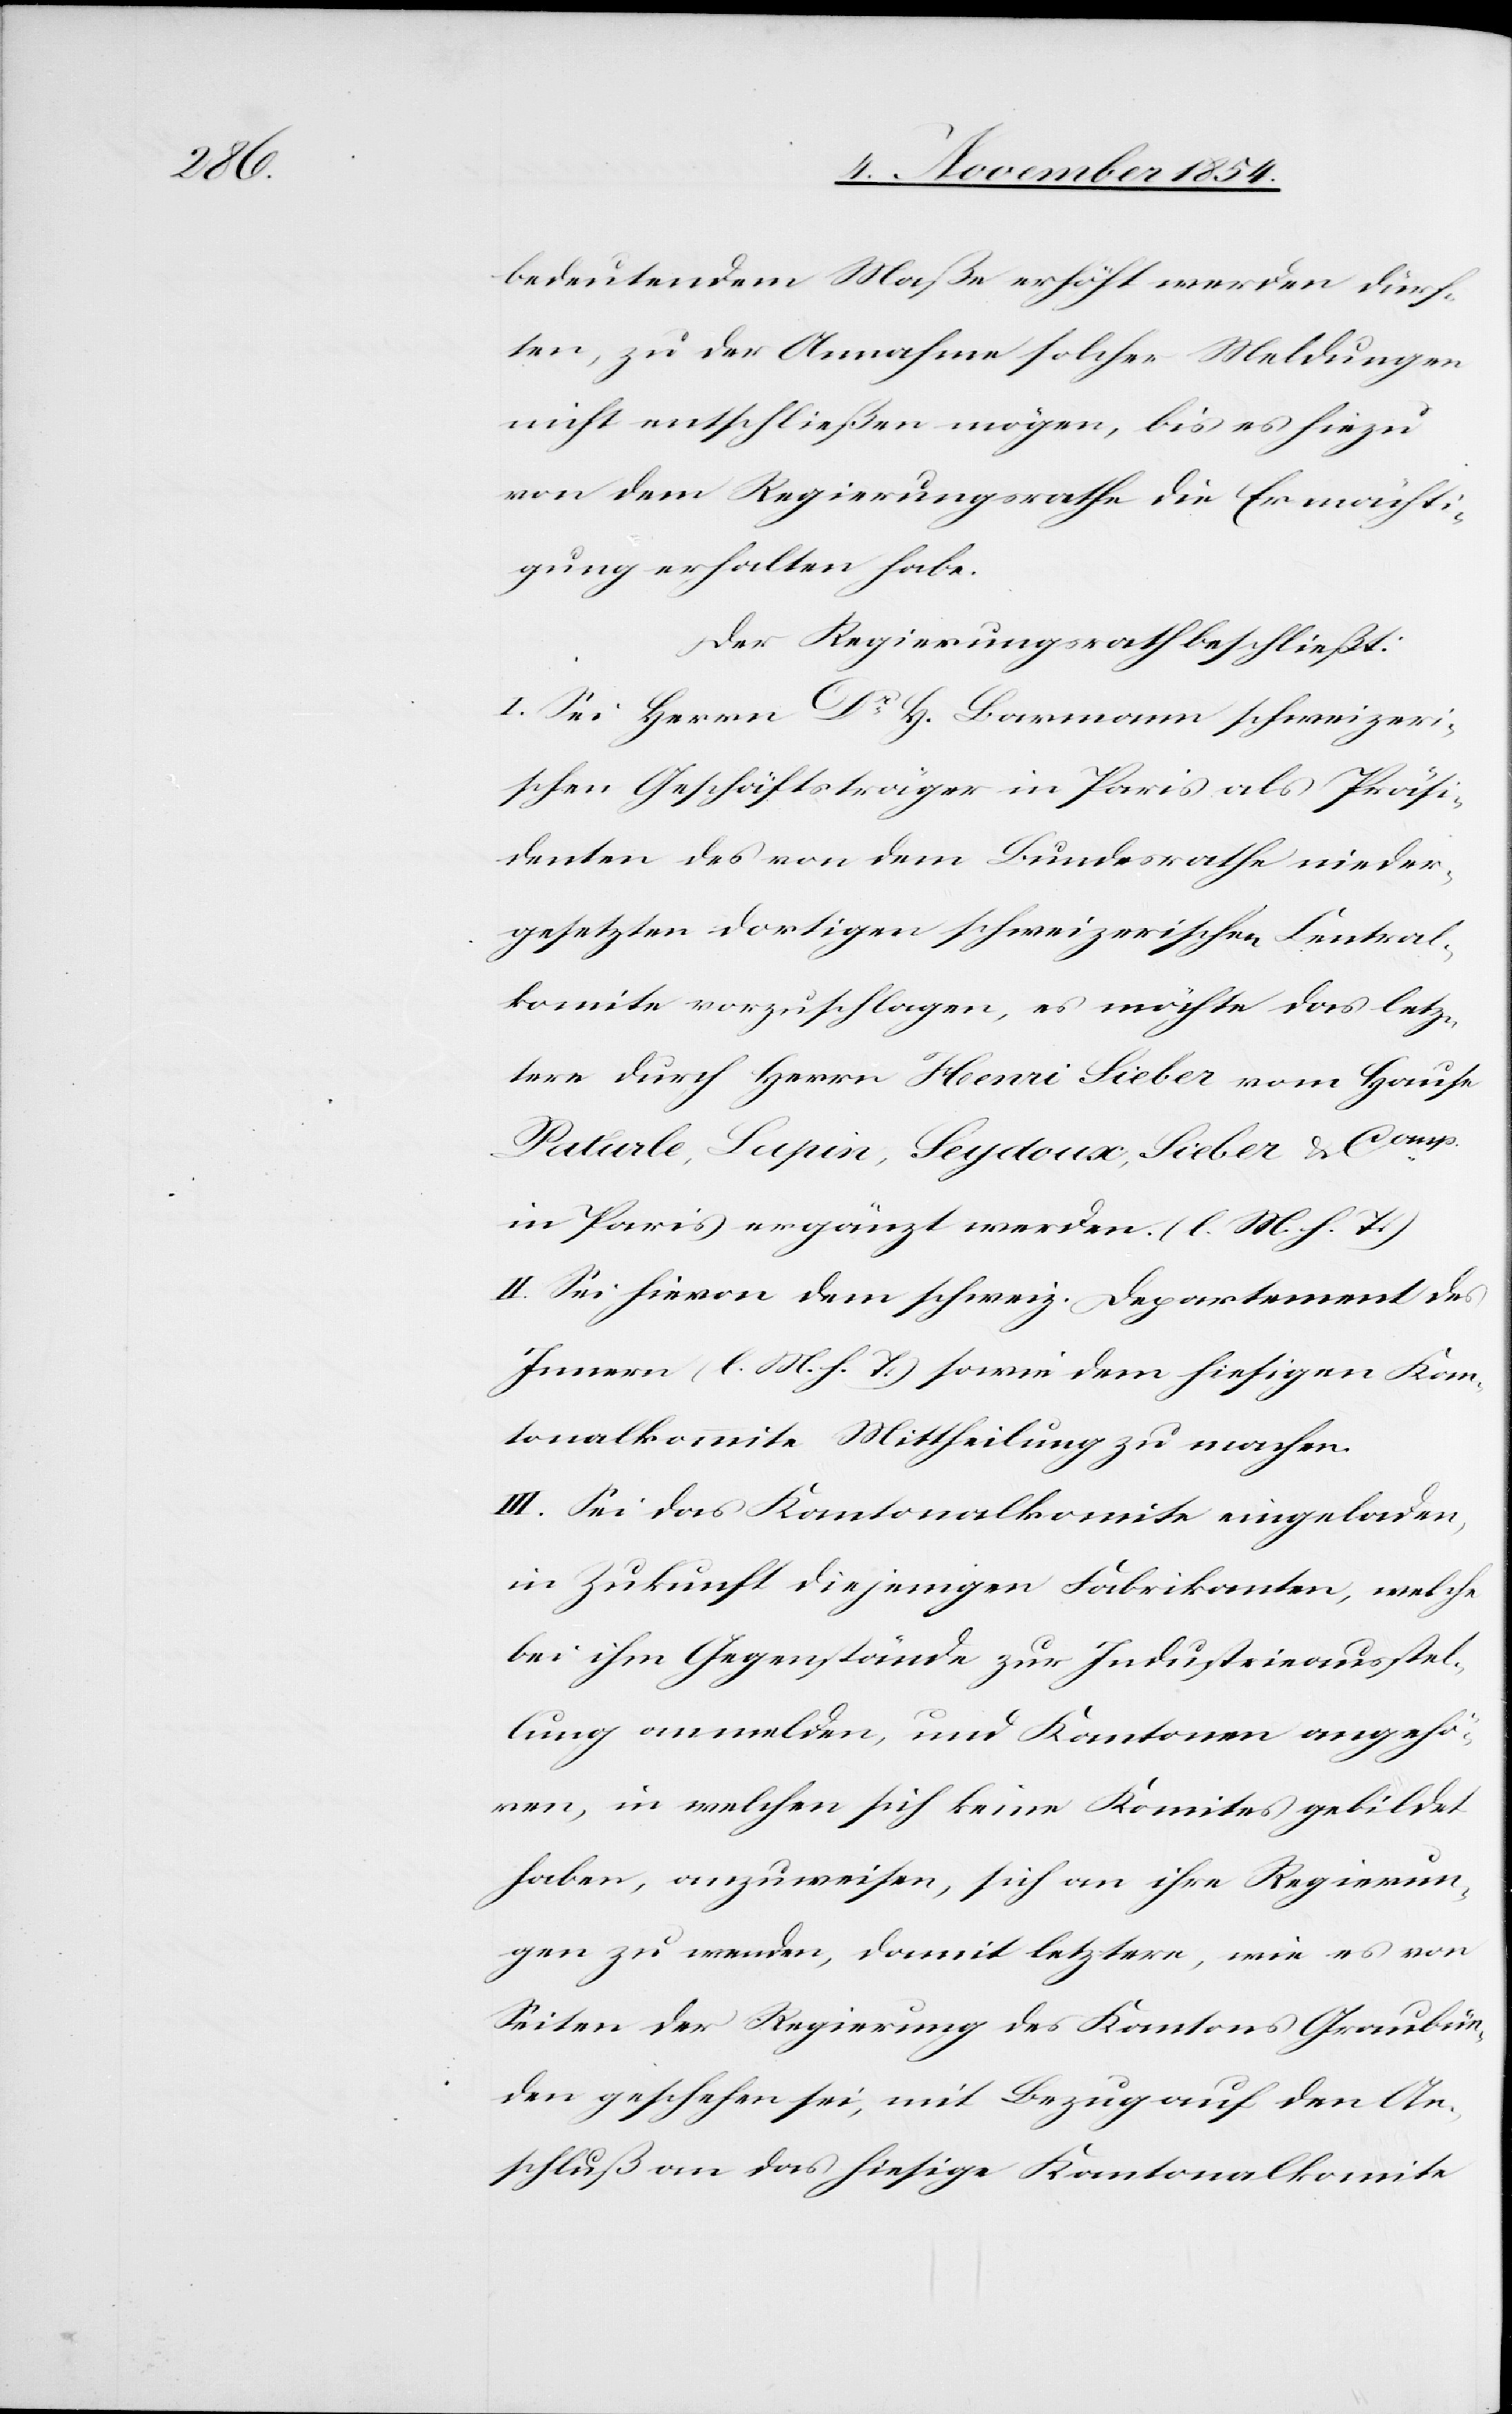
Sieber

bedeutendem Maße erhöht werden dürf¬
ten, zu der Annahme solcher Meldungen
nicht entschließen mögen, bis es hiezu
von dem Regierungsrathe die Ermächti¬
gung erhalten habe.
Der Regierungsrath beschließt:
I. Sei Herrn Dr H. Barmann schweizeri¬
schen Geschäftsträger in Paris als Präsi¬
denten des von dem Bundesrathe nieder¬
gesetzten dortigen schweizerischen Central¬
komite vorzuschlagen, es möchte das letz¬
tere durch Herrn Henri Sieber vom Hause
in Paris ergänzt werden. (l. M. h. T.)
II. Sei hievon dem schweiz. Departement des
Innern (l. M. h. T.) sowie dem hiesigen Kan¬
tonalkommite Mittheilung zu machen.
III. Sei das Kantonalkomite eingeladen,
in Zukunft diejenigen Fabrikaten, welche
bei ihm Gegenstände zur Industrieausstel¬
lung anmelden, und Kantonen angehö¬
ren, in welchen sich keine Komites gebildet
haben, anzuweisen, sich an ihre Regierun¬
gen zu wenden, damit letztere, wie es von
Seiten der Regierung des Kantons Graubün¬
den geschehen sei, mit Bezug auf den An¬
schluß an das hiesige Kantonalkomite